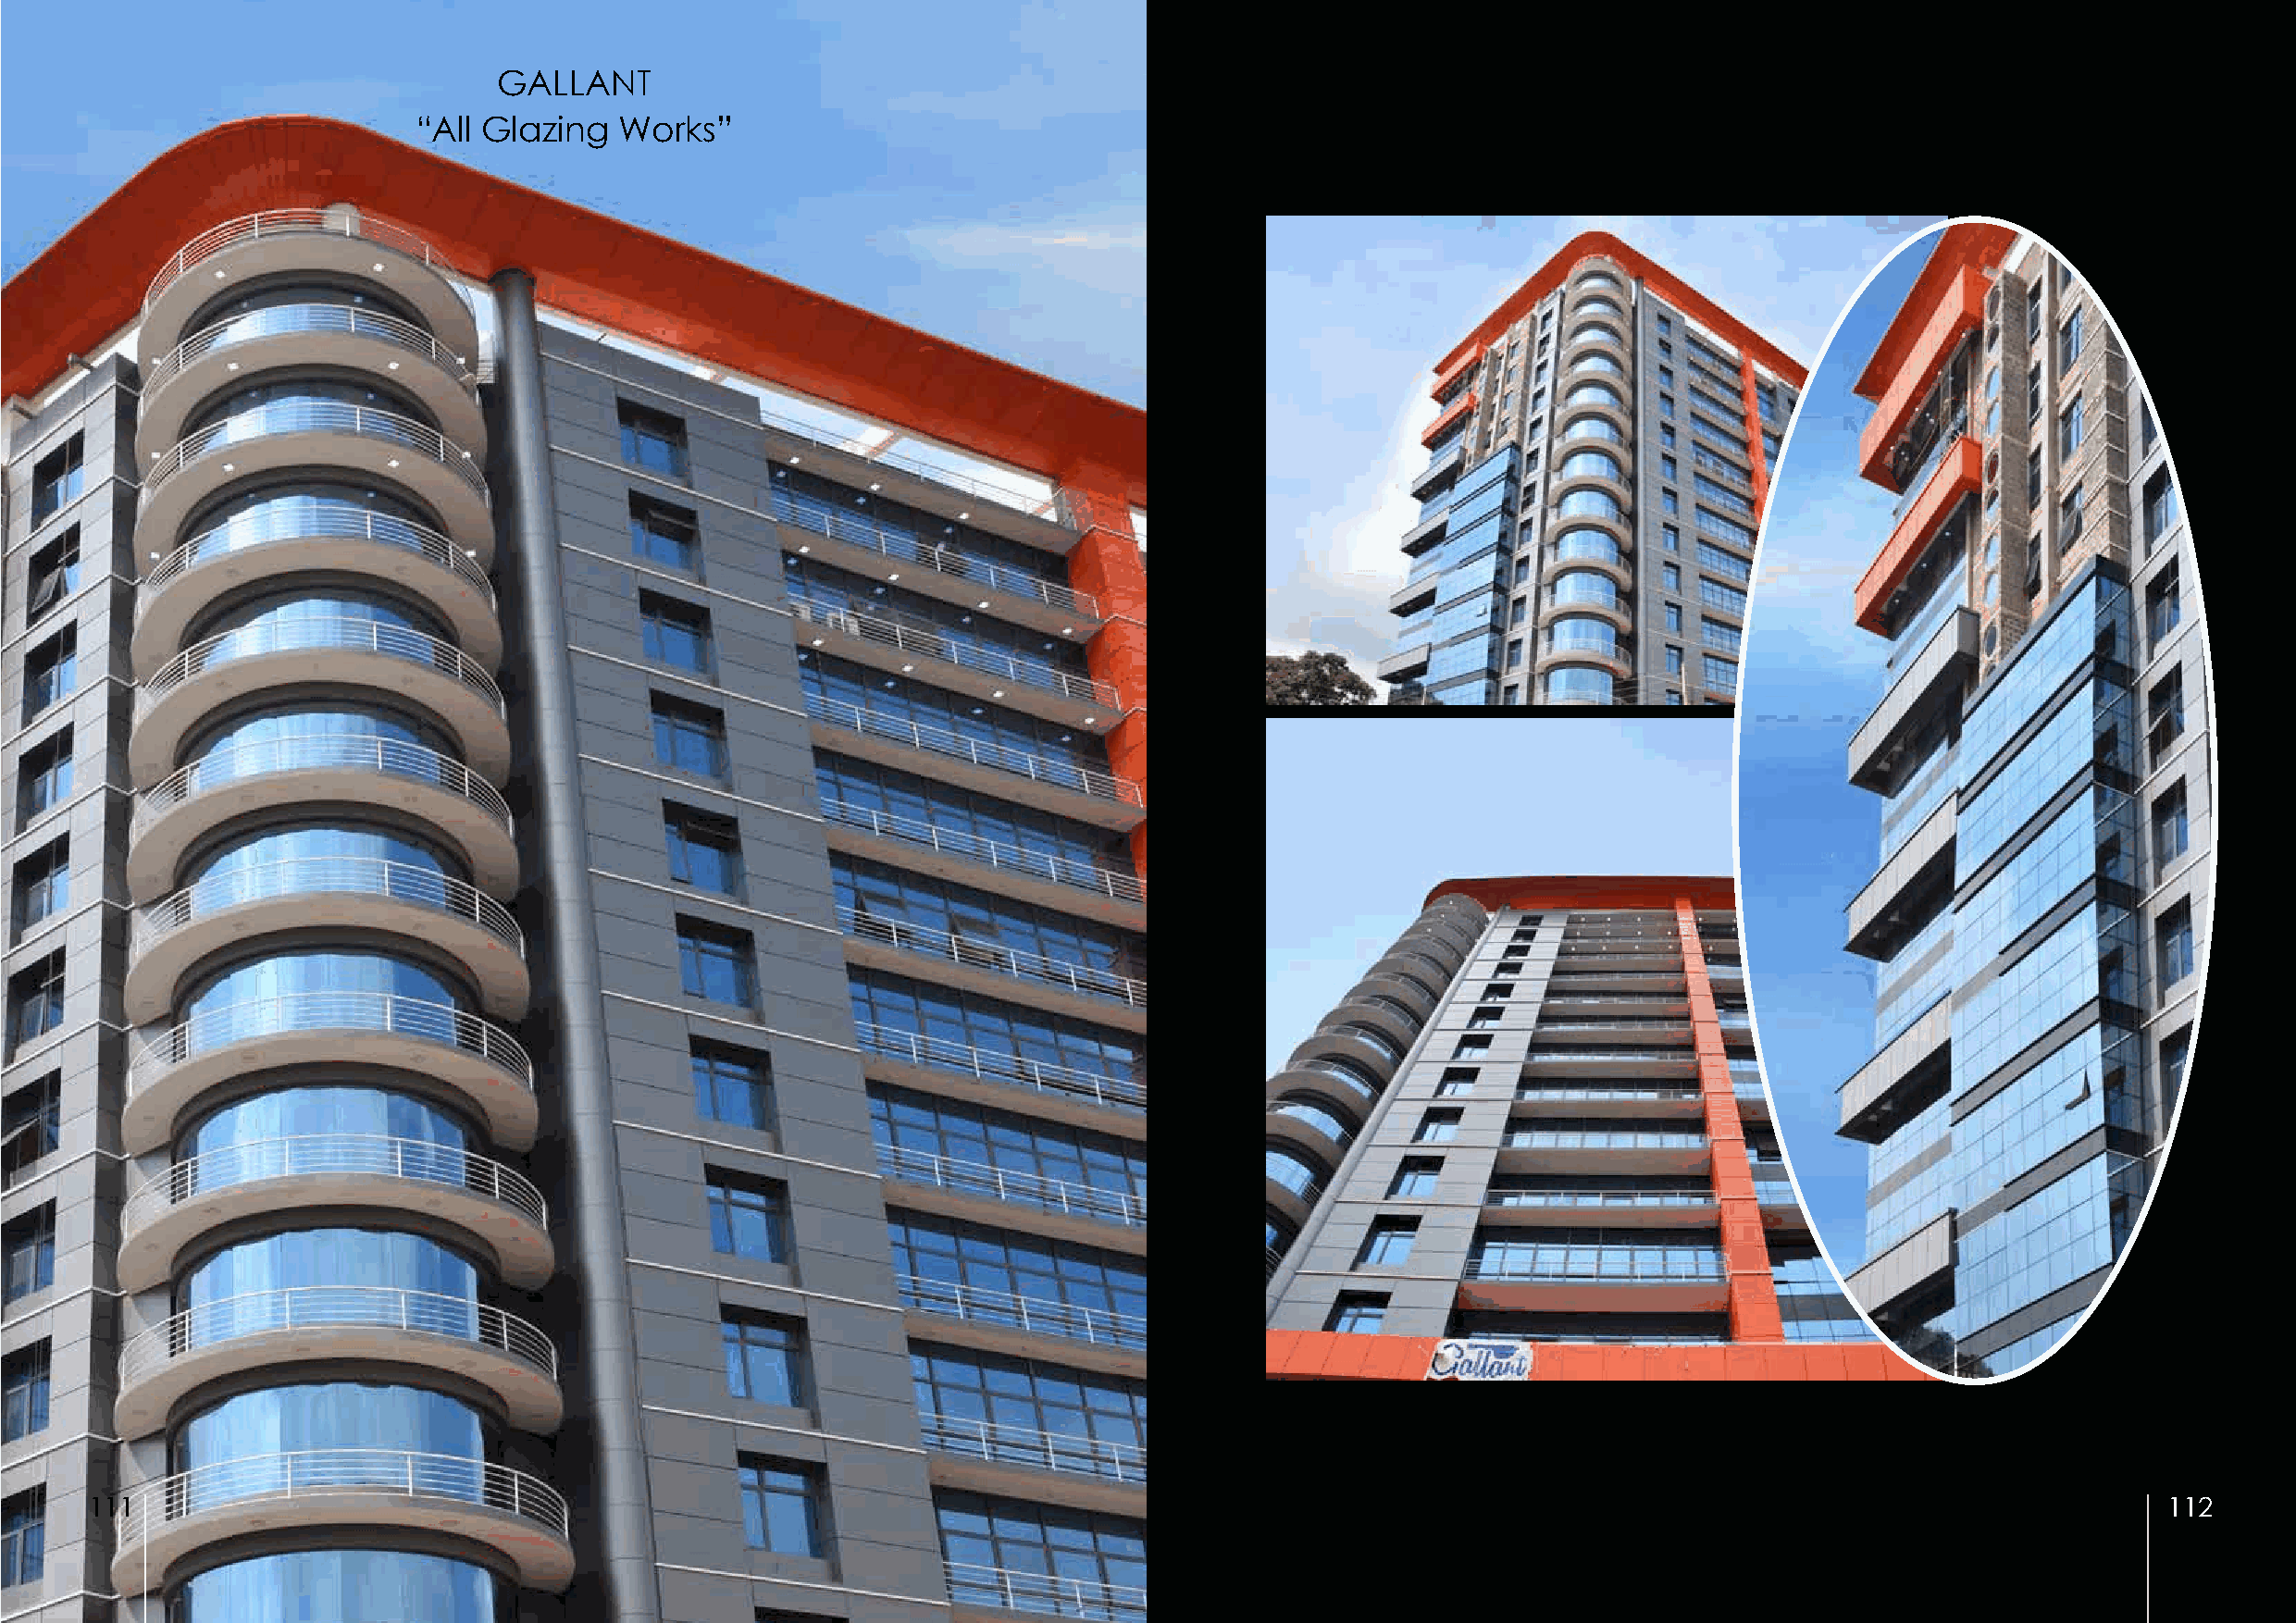
GALLANT
 “All Glazing  Works”
 111                                                                                                                                                  112